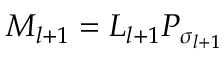
M _ { l + 1 } = L _ { l + 1 } P _ { \sigma _ { l + 1 } }